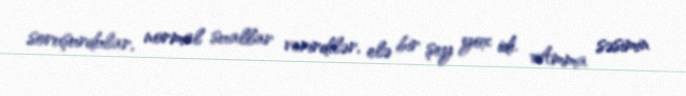
soruşurdular, normal suallar verirdilər, elə bir şey yox idi. Amma səsimin